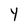
Character: Y